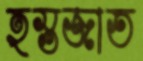
হস্তজাত